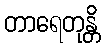
တာရေတုန္တိ